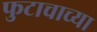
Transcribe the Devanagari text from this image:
फुटाचाच्या